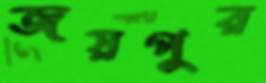
জয়পুর